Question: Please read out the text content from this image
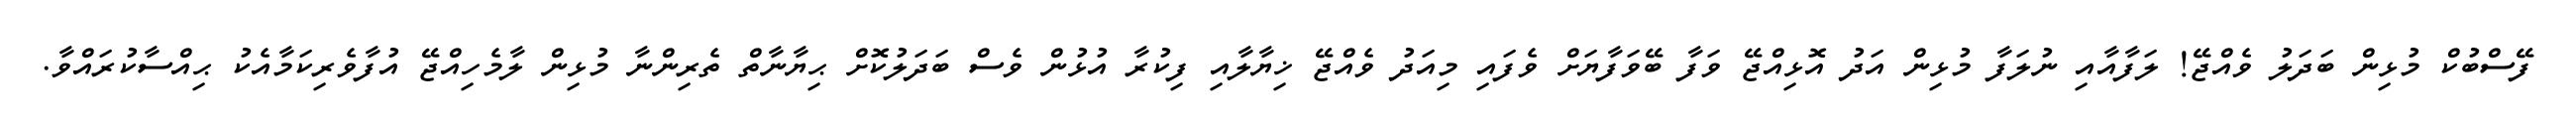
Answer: ފޭސްބުކް މުޅިން ބަދަލު ވެއްޖޭ! ލަފާއާއި ނުލަފާ މުޅިން އަދު އޮޅިއްޖޭ ވަފާ ބޭވަފާޔަށް ވެފައި މިއަދު ވެއްޖޭ ޚިޔާލާއި ފިކުރާ އުޅުން ވެސް ބަދަލުކޮށް ޙިޔާނާތް ތެރިންނާ މުޅިން ލާމެހިއްޖޭ އުފާވެރިކަމާއެކު ޙިއްސާކުރައްވާ.